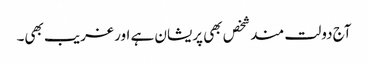
آج دولت مندشخص بھی پریشان ہے اور غریب بھی۔